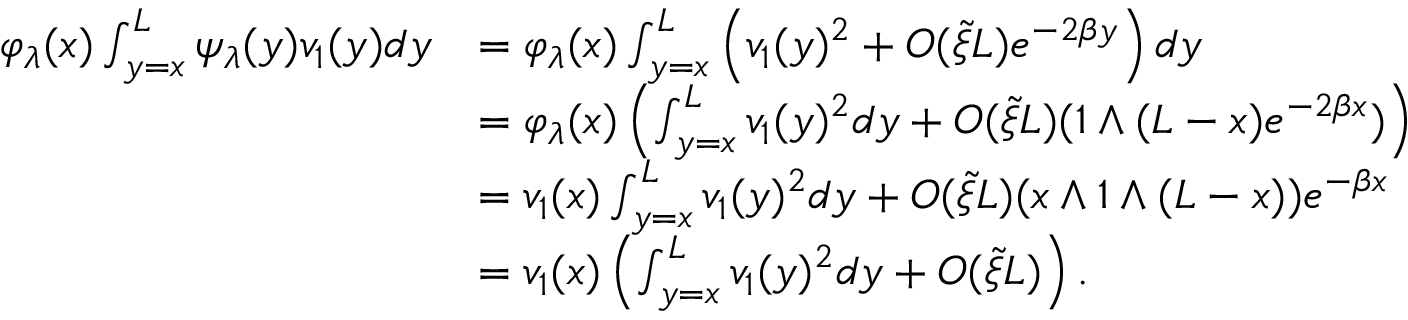
\begin{array} { r l } { \varphi _ { \lambda } ( x ) \int _ { y = x } ^ { L } \psi _ { \lambda } ( y ) v _ { 1 } ( y ) d y } & { = \varphi _ { \lambda } ( x ) \int _ { y = x } ^ { L } \left( v _ { 1 } ( y ) ^ { 2 } + O ( \tilde { \xi } L ) e ^ { - 2 \beta y } \right) d y } \\ & { = \varphi _ { \lambda } ( x ) \left( \int _ { y = x } ^ { L } v _ { 1 } ( y ) ^ { 2 } d y + O ( \tilde { \xi } L ) ( 1 \wedge ( L - x ) e ^ { - 2 \beta x } ) \right) } \\ & { = v _ { 1 } ( x ) \int _ { y = x } ^ { L } v _ { 1 } ( y ) ^ { 2 } d y + O ( \tilde { \xi } L ) ( x \wedge 1 \wedge ( L - x ) ) e ^ { - \beta x } } \\ & { = v _ { 1 } ( x ) \left( \int _ { y = x } ^ { L } v _ { 1 } ( y ) ^ { 2 } d y + O ( \tilde { \xi } L ) \right) . } \end{array}